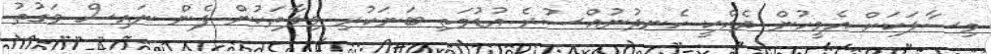
މިސާލަކަށް އެމީހުން ދެއްކީ ހެނދުނުއްސުރެ އުޑުމަތި ބަނަކުރި ވިލާތަކުން ފެން ނައިސް ވަގުތު